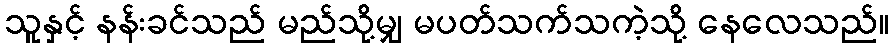
သူနှင့် နန်းခင်သည် မည်သို့မျှ မပတ်သက်သကဲ့သို့ နေလေသည်။